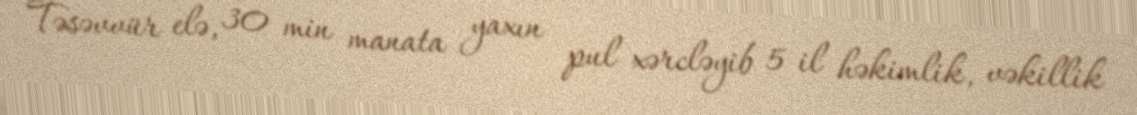
Təsəvvür elə, 30 min manata yaxın pul xərcləyib 5 il həkimlik, vəkillik